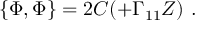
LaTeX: \{ \Phi , \Phi \} = 2 C ( \sl + \Gamma _ { 1 1 } Z ) \ .